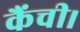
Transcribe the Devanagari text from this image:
कैंची।